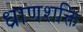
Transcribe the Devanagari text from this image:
ध्राणशक्ति